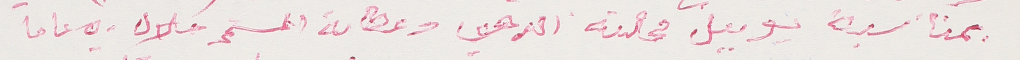
بمناسبة يوبيل مجلته الدهبي وعطائه المستمر خلال ٥٠ عاما